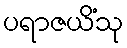
ပရာဇယိံသု